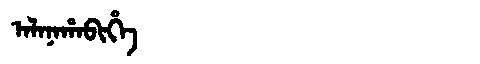
Manchu: ᠠᠯᠠᠨᠠᡥᠠᠪᡳᡥᡝ
Romanization: ALANAHABIHE